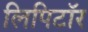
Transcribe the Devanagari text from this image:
लिपिटॉर